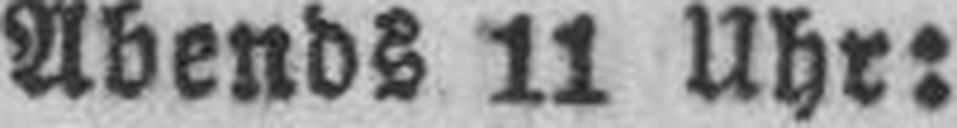
Abends 11 Uhr: